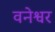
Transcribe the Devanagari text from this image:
वनेश्वर